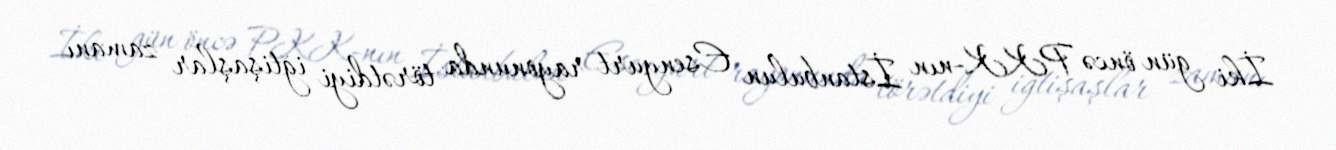
İki gün öncə PKK-nın İstanbulun Esenyurt rayonunda törətdiyi iğtişaşlar zamanı